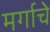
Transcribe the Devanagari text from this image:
मर्गाचे